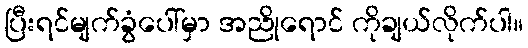
ပြီးရင်မျက်ခွံပေါ်မှာ အညိုရောင် ကိုချယ်လိုက်ပါ။